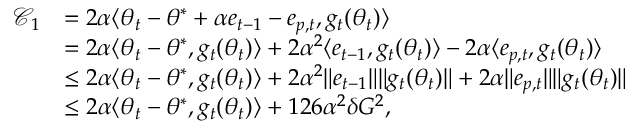
\begin{array} { r l } { \mathcal { C } _ { 1 } } & { = 2 \alpha \langle \theta _ { t } - \theta ^ { * } + \alpha e _ { t - 1 } - e _ { p , t } , g _ { t } ( \theta _ { t } ) \rangle } \\ & { = 2 \alpha \langle \theta _ { t } - \theta ^ { * } , g _ { t } ( \theta _ { t } ) \rangle + 2 \alpha ^ { 2 } \langle e _ { t - 1 } , g _ { t } ( \theta _ { t } ) \rangle - 2 \alpha \langle e _ { p , t } , g _ { t } ( \theta _ { t } ) \rangle } \\ & { \leq 2 \alpha \langle \theta _ { t } - \theta ^ { * } , g _ { t } ( \theta _ { t } ) \rangle + 2 \alpha ^ { 2 } \Vert e _ { t - 1 } \Vert \Vert g _ { t } ( \theta _ { t } ) \Vert + 2 \alpha \Vert e _ { p , t } \Vert \Vert g _ { t } ( \theta _ { t } ) \Vert } \\ & { \leq 2 \alpha \langle \theta _ { t } - \theta ^ { * } , g _ { t } ( \theta _ { t } ) \rangle + 1 2 6 \alpha ^ { 2 } \delta G ^ { 2 } , } \end{array}